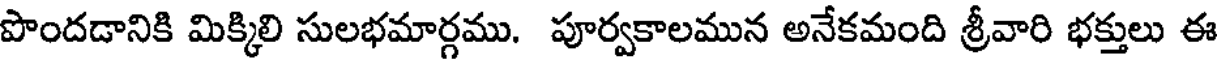
పొందడానికి మిక్కిలి సులభమార్గము. పూర్వకాలమున అనేకమంది శ్రీవారి భక్తులు ఈ